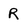
Character: R